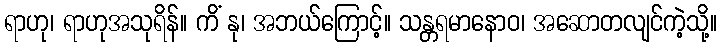
ရာဟု၊ ရာဟုအသုရိန်။ ကိံ နု၊ အဘယ်ကြောင့်။ သန္တရမာနောဝ၊ အဆောတလျင်ကဲ့သို့။